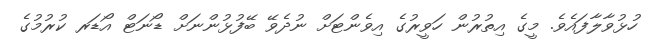
ހުޅުވާލާފައެވެ. މީގެ އިތުރުން ހަވީރުގެ އިވެންޓަށް ނުދެވޭ ބޭފުޅުންނަށް ޑޯނަޓް އޯޑަރ ކުރުމުގެ